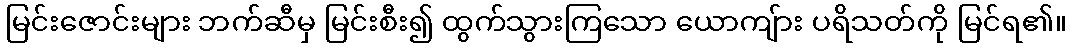
မြင်းဇောင်းများ ဘက်ဆီမှ မြင်းစီး၍ ထွက်သွားကြသော ယောကျ်ား ပရိသတ်ကို မြင်ရ၏။